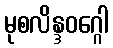
မုစလိန္ဒဝဂ္ဂေါ